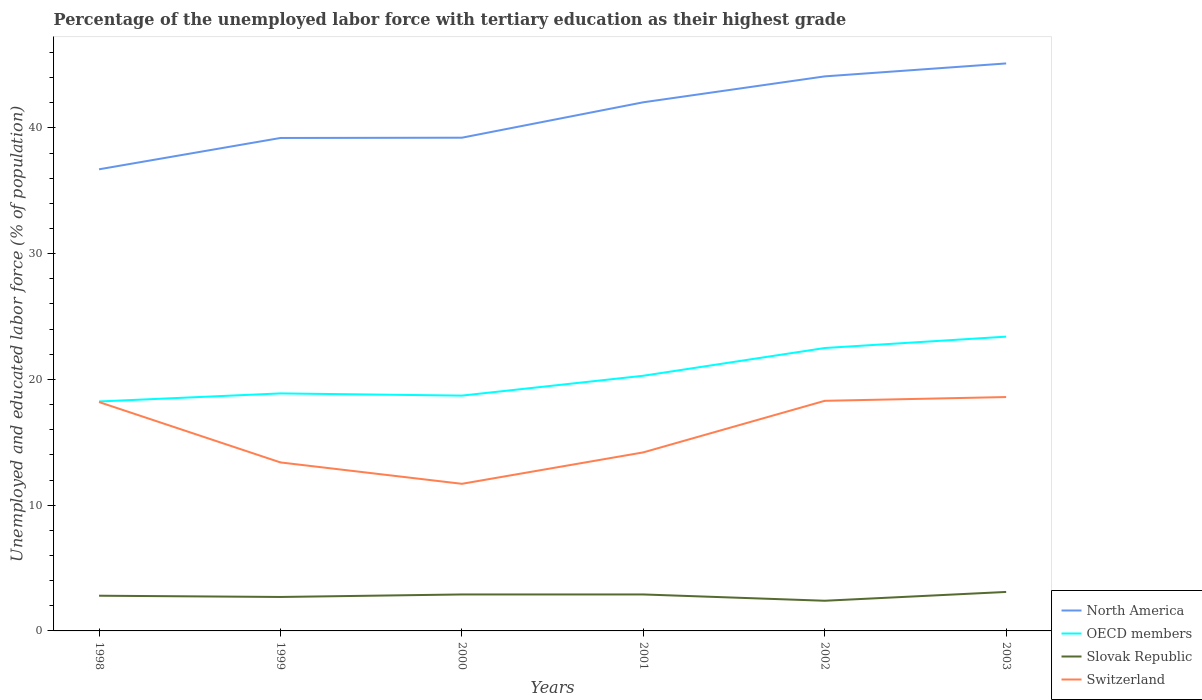
| Years | North America | OECD members | Slovak Republic | Switzerland |
 | --- | --- | --- | --- | --- |
 | 1998 | 36.7 | 18.2 | 2.8 | 18.2 |
 | 1999 | 39.2 | 18.9 | 2.7 | 13.4 |
 | 2000 | 39.2 | 18.7 | 2.9 | 11.7 |
 | 2001 | 42 | 20.3 | 2.9 | 14.2 |
 | 2002 | 44.1 | 22.5 | 2.4 | 18.3 |
 | 2003 | 45.1 | 23.4 | 3.1 | 18.6 |